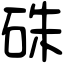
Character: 硃